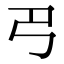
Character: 𢎛